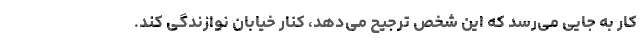
کار به جایی می‌رسد که این شخص ترجیح می‌دهد، کنار خیابان نوازندگی کند.